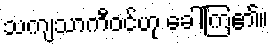
သကျသာကီဝင်ဟု ခေါ်ကြ၏။